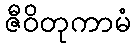
ဇီဝိတုကာမံ